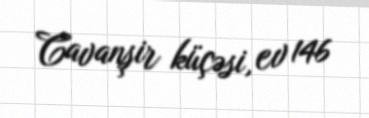
Cavanşir küçəsi, ev 146